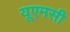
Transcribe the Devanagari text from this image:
यूएमसी